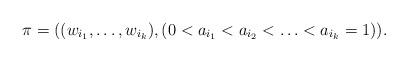
LaTeX: \begin{align*}\pi=((w_{i_1},\ldots,w_{i_k}),(0<a_{i_1}<a_{i_2}<\ldots< a_{i_k}=1)).\end{align*}